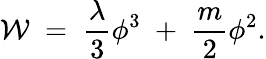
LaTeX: \mathcal{W}\; =\; {\frac{{\lambda}}{{3}}}\phi^{3}\; +\; {\frac{{m}}{{2}}}\phi^{2}.